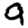
Digit: 9